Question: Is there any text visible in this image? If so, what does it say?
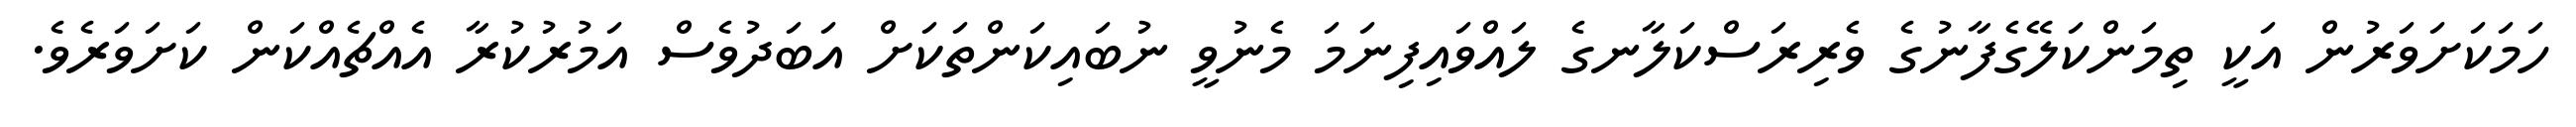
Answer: ހަމަކަށަވަރުން އަކީ ތިމަންކަލޭގެފާނުގެ ވެރިރަސްކަލާނގެ ލައްވައިފިނަމަ މެނުވީ ނުބައިކަންތަކަށް އަބަދުވެސް އަމުރުކުރާ އެއްޗެއްކަން ކަށަވަރެވެ.